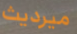
ميرديث